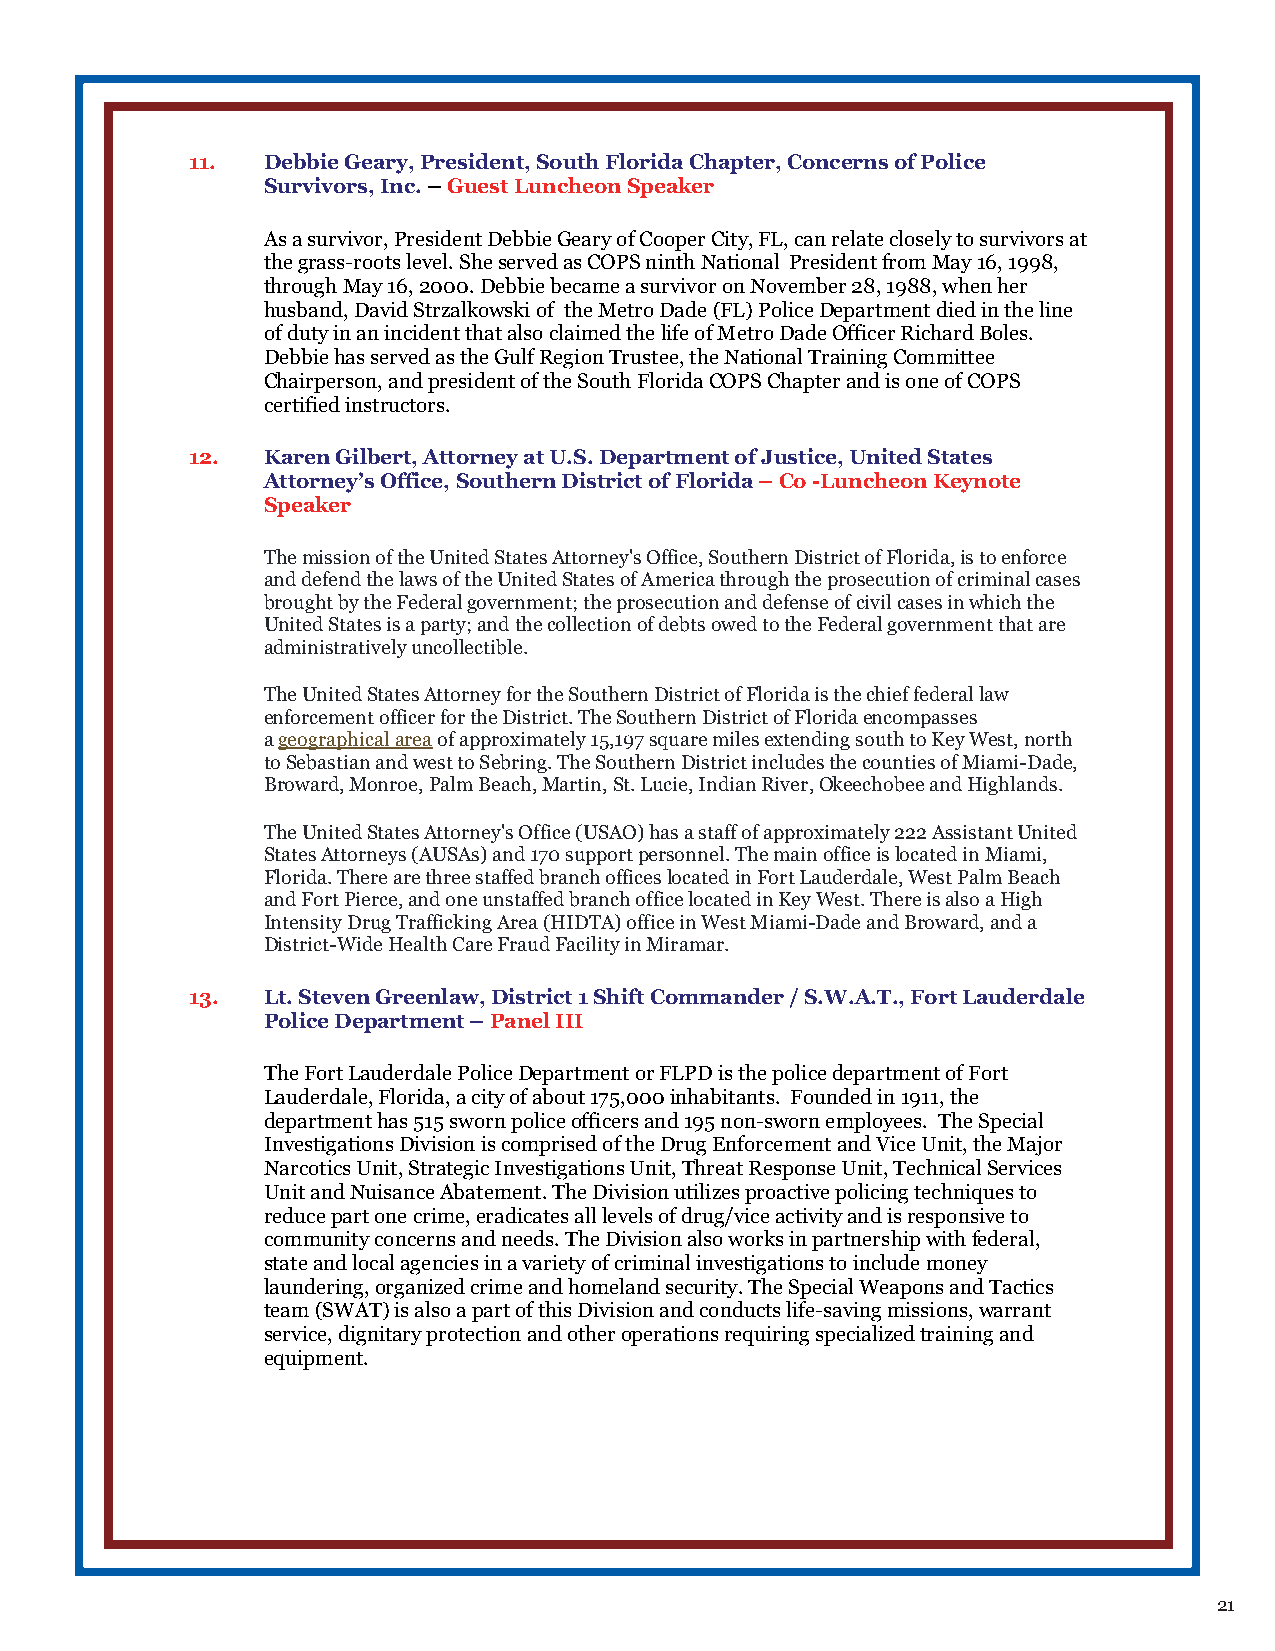
11.  Debbie Geary, President, South Florida Chapter, Concerns of Police
 Survivors, Inc. – Guest Luncheon Speaker
 As a survivor, President Debbie Geary of Cooper City, FL, can relate closely to survivors at
 the grass-roots level. She served as COPS ninth National President from May 16, 1998,
 through May 16, 2000. Debbie became a survivor on November 28, 1988, when her
 husband, David Strzalkowski of the Metro Dade (FL) Police Department died in the line
 of duty in an incident that also claimed the life of Metro Dade Officer Richard Boles.
 Debbie has served as the Gulf Region Trustee, the National Training Committee
 Chairperson, and president of the South Florida COPS Chapter and is one of COPS
 certified instructors.
 12.  Karen Gilbert, Attorney at U.S. Department of Justice, United States
 Attorney’s Office, Southern District of Florida – Co -Luncheon Keynote
 Speaker
 The mission of the United States Attorney's Office, Southern District of Florida, is to enforce
 and defend the laws of the United States of America through the prosecution of criminal cases
 brought by the Federal government; the prosecution and defense of civil cases in which the
 United States is a party; and the collection of debts owed to the Federal government that are
 administratively uncollectible.
 The United States Attorney for the Southern District of Florida is the chief federal law
 enforcement officer for the District. The Southern District of Florida encompasses
 a geographical area of approximately 15,197 square miles extending south to Key West, north
 to Sebastian and west to Sebring. The Southern District includes the counties of Miami-Dade,
 Broward, Monroe, Palm Beach, Martin, St. Lucie, Indian River, Okeechobee and Highlands.
 The United States Attorney's Office (USAO) has a staff of approximately 222 Assistant United
 States Attorneys (AUSAs) and 170 support personnel. The main office is located in Miami,
 Florida. There are three staffed branch offices located in Fort Lauderdale, West Palm Beach
 and Fort Pierce, and one unstaffed branch office located in Key West. There is also a High
 Intensity Drug Trafficking Area (HIDTA) office in West Miami-Dade and Broward, and a
 District-Wide Health Care Fraud Facility in Miramar.
 13.  Lt. Steven Greenlaw, District 1 Shift Commander / S.W.A.T., Fort Lauderdale
 Police Department – Panel III
 The Fort Lauderdale Police Department or FLPD is the police department of Fort
 Lauderdale, Florida, a city of about 175,000 inhabitants. Founded in 1911, the
 department has 515 sworn police officers and 195 non-sworn employees. The Special
 Investigations Division is comprised of the Drug Enforcement and Vice Unit, the Major
 Narcotics Unit, Strategic Investigations Unit, Threat Response Unit, Technical Services
 Unit and Nuisance Abatement. The Division utilizes proactive policing techniques to
 reduce part one crime, eradicates all levels of drug/vice activity and is responsive to
 community concerns and needs. The Division also works in partnership with federal,
 state and local agencies in a variety of criminal investigations to include money
 laundering, organized crime and homeland security. The Special Weapons and Tactics
 team (SWAT) is also a part of this Division and conducts life-saving missions, warrant
 service, dignitary protection and other operations requiring specialized training and
 equipment.
 21